Report of the Indian Hemp Drugs Commission, 1894-1895 - Volume VIII
Year: 1894
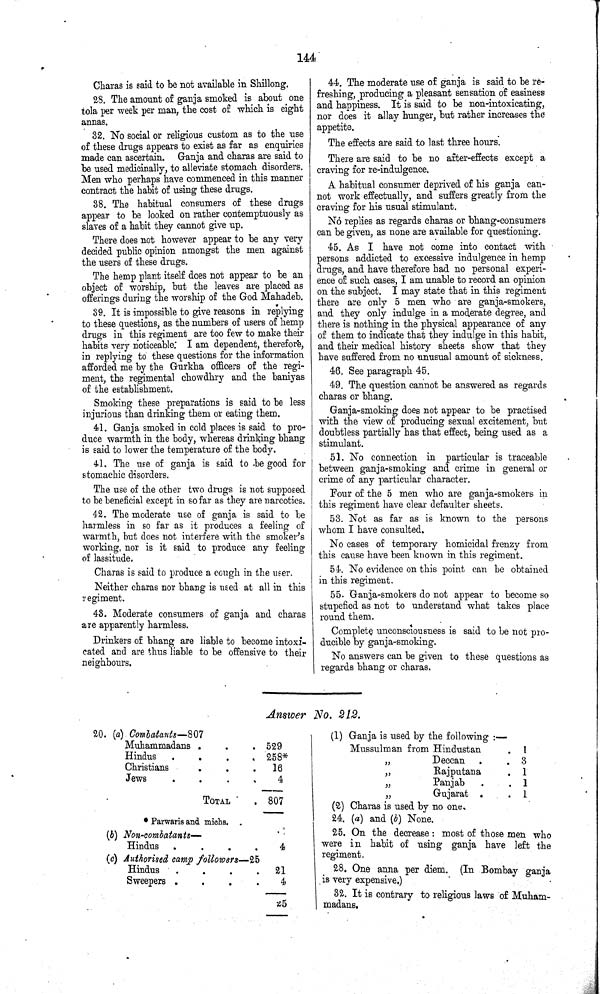
144
Charas is said to be not available in Shillong.
28. The amount of ganja smoked is about one
tola per week per man, the cost of which is eight
annas.
32. No social or religious custom as to the use
of these drugs appears to exist as far as enquiries
made can ascertain. Ganja and charas are said to
be used medicinally, to alleviate stomach disorders.
Men who perhaps have commenced in this manner
contract the habit of using these drugs.
38. The habitual consumers of these drugs
appear to be looked on rather contemptuously as
slaves of a habit they cannot give up.
There does not however appear to be any very
decided public opinion amongst the men against
the users of these drugs.
The hemp plant itself does not appear to be an
object of worship, but the leaves are placed as
offerings during the worship of the God Mahadeb.
39. It is impossible to give reasons in replying
to these questions, as the numbers of users of hemp
drugs in this regiment are too few to make their
habits very noticeable. I am dependent, therefore,
in replying to these questions for the information
afforded me by the Gurkha officers of the regi¬
ment, the regimental chowdhry and the baniyas
of the establishment.
Smoking these preparations is said to be less
injurious than drinking them or eating them.
41. Ganja smoked in cold places is said to pro¬
duce warmth in the body, whereas drinking bhang
is said to lower the temperature of the body.
41. The use of ganja is said to be good for
stomachic disorders.
The use of the other two drugs is not supposed
to be beneficial except in so far as they are narcotics.
42. The moderate use of ganja is said to be
harmless in so far as it produces a feeling of
warmth, but does not interfere with the smoker's
working, nor is it said to produce any feeling
of lassitude.
Charas is said to produce a cough in the user.
Neither charas nor bhang is used at all in this
regiment.
43. Moderate consumers of ganja and charas
are apparently harmless.
Drinkers of bhang are liable to become intoxi¬
cated and are thus liable to be offensive to their
neighbours.
44. The moderate use of ganja is said to be re¬
freshing, producing a pleasant sensation of easiness
and happiness. It is said to be non-intoxicating,
nor does it allay hunger, but rather increases the
appetite.
The effects are said to last three hours.
There are said to be no after-effects except a
craving for re-indulgence.
A habitual consumer deprived of his ganja can¬
not work effectually, and suffers greatly from the
craving for his usual stimulant.
No replies as regards charas or bhang-consumers
can be given, as none are available for questioning.
45. As I have not come into contact with
persons addicted to excessive indulgence in hemp
drugs, and have therefore had no personal experi¬
ence of such cases, I am unable to record an opinion
on the subject. I may state that in this regiment
there are only 5 men who are ganja-smokers,
and they only indulge in a moderate degree, and
there is nothing in the physical appearance of any
of them to indicate that they indulge in this habit,
and their medical history sheets show that they
have suffered from no unusual amount of sickness.
46. See paragraph 45.
49. The question cannot be answered as regards
charas or bhang.
Ganja-smoking does not appear to be practised
with the view of producing sexual excitement, but
doubtless partially has that effect, being used as a
stimulant.
51. No connection in particular is traceable
between ganja-smoking and crime in general or
crime of any particular character.
Four of the 5 men who are ganja-smokers in
this regiment have clear defaulter sheets.
53. Not as far as is known to the persons
whom I have consulted.
No cases of temporary homicidal frenzy from
this cause have been known in this regiment.
54. No evidence on this point can be obtained
in this regiment.
55. Ganja-smokers do not appear to become so
stupefied as not to understand what takes place
round them.
Complete unconsciousness is said to be not pro¬
ducible by ganja-smoking.
No answers can be given to these questions as
regards bhang or charas.
Answer No. 212.
20. (a) Combatants—807
Muhammadans
529
Hindus
258*
Christians
16
Jews
4
TOTAL
807
* Parwaris and michs.
(b) Non-combatants—
Hindus
4
(c) Authorised camp followers—25
Hindus
21
Sweepers
4
25
(1) Ganja is used by the following:—
Mussulman from Hindustan
1
"
Deccan
3
"
Rajputana
1
"
Panjab
1
"
Gujarat
1
(2) Charas is used by no one.
24. (a) and (b) None.
25. On the decrease: most of those men who
were in habit of using ganja have left the
regiment.
28. One anna per diem. (In Bombay ganja
is very expensive.)
32. It is contrary to religious laws of Muham-
madans.